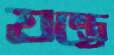
যন্ত্র্রে